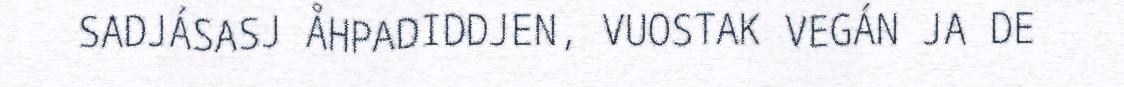
SADJÁSASJ ÅHPADIDDJEN, VUOSTAK VEGÁN JA DE